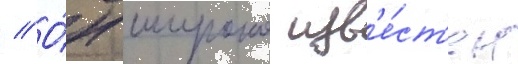
// О́н широко изв'е́ст'ен